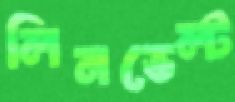
লিনভেল্ট